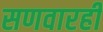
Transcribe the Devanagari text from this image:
सणवारही